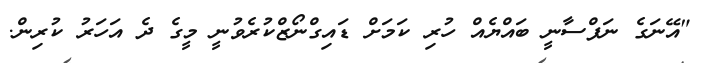
"އޭނަގެ ނަފްސާނީ ބައްޔެއް ހުރި ކަމަށް ޑައިގްނޯޒްކުރެވުނީ މީގެ ދެ އަހަރު ކުރިން.